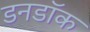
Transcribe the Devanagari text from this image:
डनडॉक